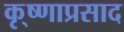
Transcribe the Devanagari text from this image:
कृ्ष्णाप्रसाद